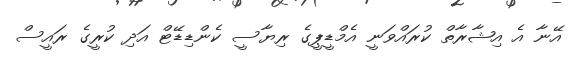
އޭނާ އެ އިޝާރާތް ކުރައްވަނީ އެމްޑީޕީގެ ރިޔާސީ ކެންޑިޑޭޓް އަދި ކުރީގެ ރައީސް